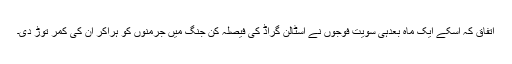
اتفاق کہ اسکے ایک ماہ بعدہی سویت فوجوں نے اسٹالن گراڈ کی فیصلہ کن جنگ میں جرمنوں کو ہراکر ان کی کمر توڑ دی۔